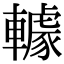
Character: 𨎶